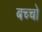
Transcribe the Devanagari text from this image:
बच्‍चो